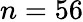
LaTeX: n=56